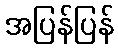
အပြန်ပြန်